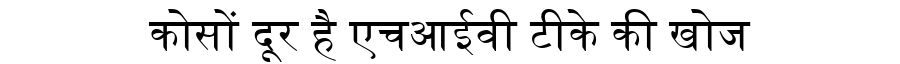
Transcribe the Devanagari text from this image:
कोसों दूर है एचआईवी टीके की खोज